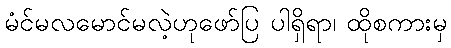
မံင်မလမောင်မလဲ့ဟုဖော်ပြ ပါရှိရာ၊ ထိုစကားမှ